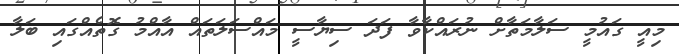
މިއީ ގައުމީ ސަލާމަތާށް ނުރައްކާވާ ފަދަ ސިޔާސީ މައްސަލަތައް އާއްމު ގޮތެއްގައި ބަލާ